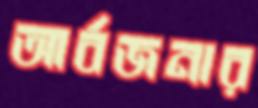
আর্বজনার